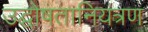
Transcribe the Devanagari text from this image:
उद्घोषतानियंत्रण